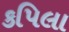
કપિલા